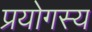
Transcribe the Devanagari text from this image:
प्रयोगस्य